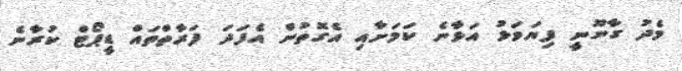
މެދު ގާނޫނީ ފިޔަވަޅު އަޅާނެ ކަމަށާއި އެގޮތުން އެފަދަ ފަރާތްތައް ޑީޕޯޓް ކުރާނެ